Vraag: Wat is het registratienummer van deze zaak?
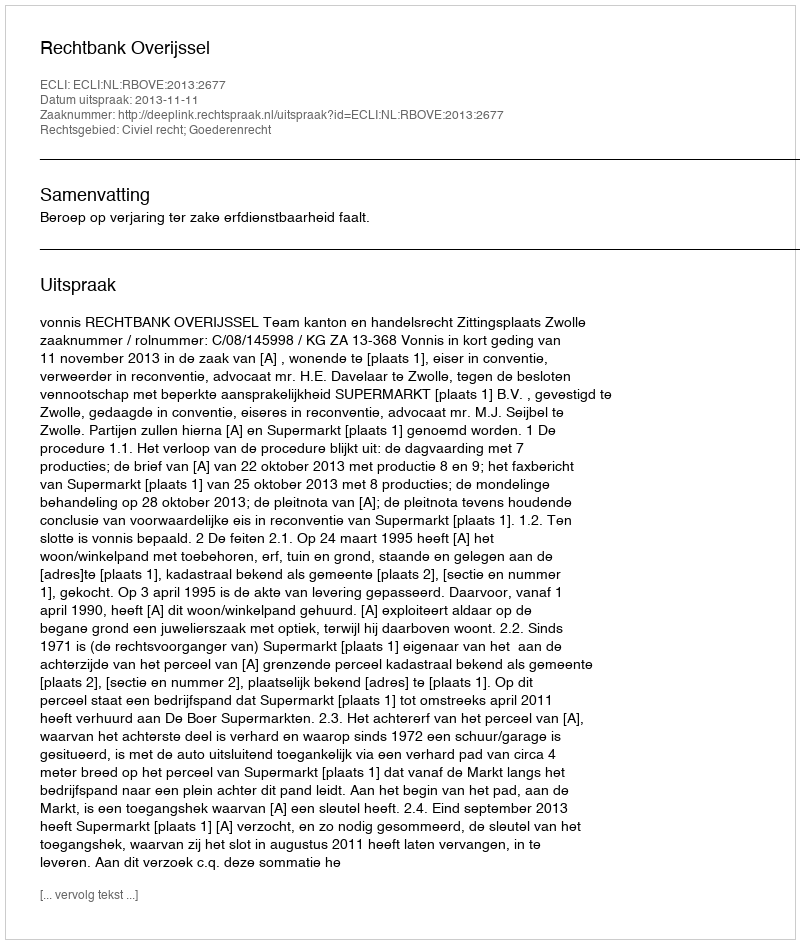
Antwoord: http://deeplink.rechtspraak.nl/uitspraak?id=ECLI:NL:RBOVE:2013:2677